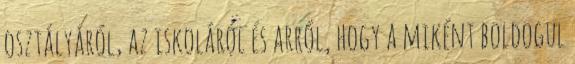
osztályáról, az iskoláról és arról, hogy a miként boldogul